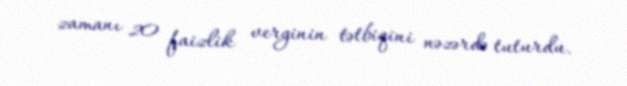
zamanı 20 faizlik verginin tətbiqini nəzərdə tuturdu.